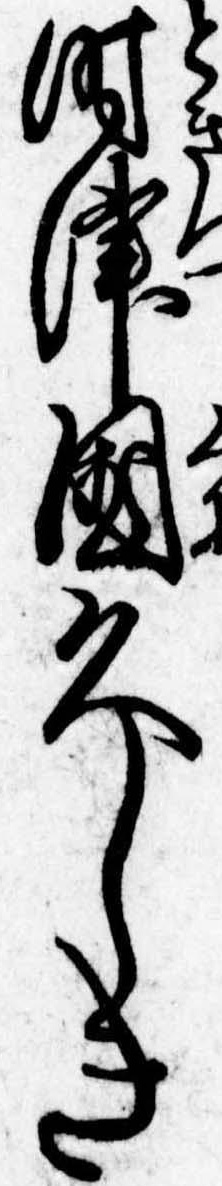
時津国久しき